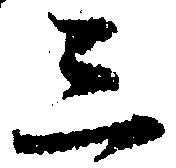
三